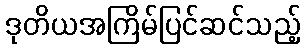
ဒုတိယအကြိမ်ပြင်ဆင်သည့်